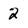
Character: 2